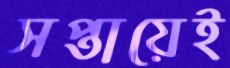
সপ্তায়েই